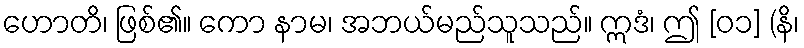
ဟောတိ၊ ဖြစ်၏။ ကော နာမ၊ အဘယ်မည်သူသည်။ ဣဒံ၊ ဤ [၀၁] (နိ၊